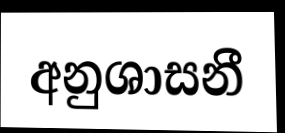
අනුශාසනී